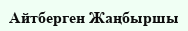
Айтберген Жаңбыршы